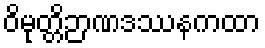
ဝိမုတ္တိဉာဏဒဿနကထာ